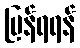
ပြန်ရရန်